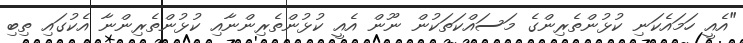
"އެއީ ހަމައެކަނި ކުޅުންތެރިންގެ މަސައްކަތަކުން ނޫން އެއީ ކުޅުންތެރިންނާއި ކުޅުންތެރިންނާ އެކުގައި ތިބި